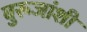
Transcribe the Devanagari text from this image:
बुरूजांशी